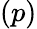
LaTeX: (p)